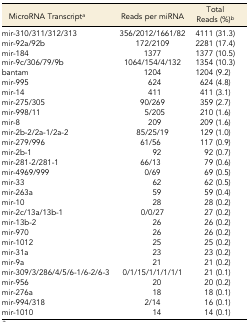
<table><thead><tr><td><b>MicroRNA Transcript<i><sup>a</sup></i></b></td><td><b>Reads per miRNA</b></td><td><b>Total Reads (%)<i><sup>b</sup></i></b></td></tr></thead><tbody><tr><td>mir-310/311/312/313</td><td>356/2012/1661/82</td><td>4111 (31.3)</td></tr><tr><td>mir-92a/92b</td><td>172/2109</td><td>2281 (17.4)</td></tr><tr><td>mir-184</td><td>1377</td><td>1377 (10.5)</td></tr><tr><td>mir-9c/306/79/9b</td><td>1064/154/4/132</td><td>1354 (10.3)</td></tr><tr><td>bantam</td><td>1204</td><td>1204 (9.2)</td></tr><tr><td>mir-995</td><td>624</td><td>624 (4.8)</td></tr><tr><td>mir-14</td><td>411</td><td>411 (3.1)</td></tr><tr><td>mir-275/305</td><td>90/269</td><td>359 (2.7)</td></tr><tr><td>mir-998/11</td><td>5/205</td><td>210 (1.6)</td></tr><tr><td>mir-8</td><td>209</td><td>209 (1.6)</td></tr><tr><td>mir-2b-2/2a-1/2a-2</td><td>85/25/19</td><td>129 (1.0)</td></tr><tr><td>mir-279/996</td><td>61/56</td><td>117 (0.9)</td></tr><tr><td>mir-2b-1</td><td>92</td><td>92 (0.7)</td></tr><tr><td>mir-281-2/281-1</td><td>66/13</td><td>79 (0.6)</td></tr><tr><td>mir-4969/999</td><td>0/69</td><td>69 (0.5)</td></tr><tr><td>mir-33</td><td>62</td><td>62 (0.5)</td></tr><tr><td>mir-263a</td><td>59</td><td>59 (0.4)</td></tr><tr><td>mir-10</td><td>28</td><td>28 (0.2)</td></tr><tr><td>mir-2c/13a/13b-1</td><td>0/0/27</td><td>27 (0.2)</td></tr><tr><td>mir-13b-2</td><td>26</td><td>26 (0.2)</td></tr><tr><td>mir-970</td><td>26</td><td>26 (0.2)</td></tr><tr><td>mir-1012</td><td>25</td><td>25 (0.2)</td></tr><tr><td>mir-31a</td><td>23</td><td>23 (0.2)</td></tr><tr><td>mir-9a</td><td>21</td><td>21 (0.2)</td></tr><tr><td>mir-309/3/286/4/5/6-1/6-2/6-3</td><td>0/1/15/1/1/1/1/1</td><td>21 (0.1)</td></tr><tr><td>mir-956</td><td>20</td><td>20 (0.2)</td></tr><tr><td>mir-276a</td><td>18</td><td>18 (0.1)</td></tr><tr><td>mir-994/318</td><td>2/14</td><td>16 (0.1)</td></tr><tr><td>mir-1010</td><td>14</td><td>14 (0.1)</td></tr></tbody></table>